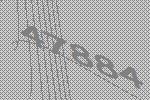
47884